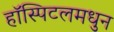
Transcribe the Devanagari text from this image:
हॉस्पिटलमधुन